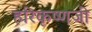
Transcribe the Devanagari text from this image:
हरिकृष्णजी